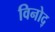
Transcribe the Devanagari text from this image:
विनोद्